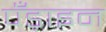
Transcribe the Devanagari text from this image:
पँड़ाइन